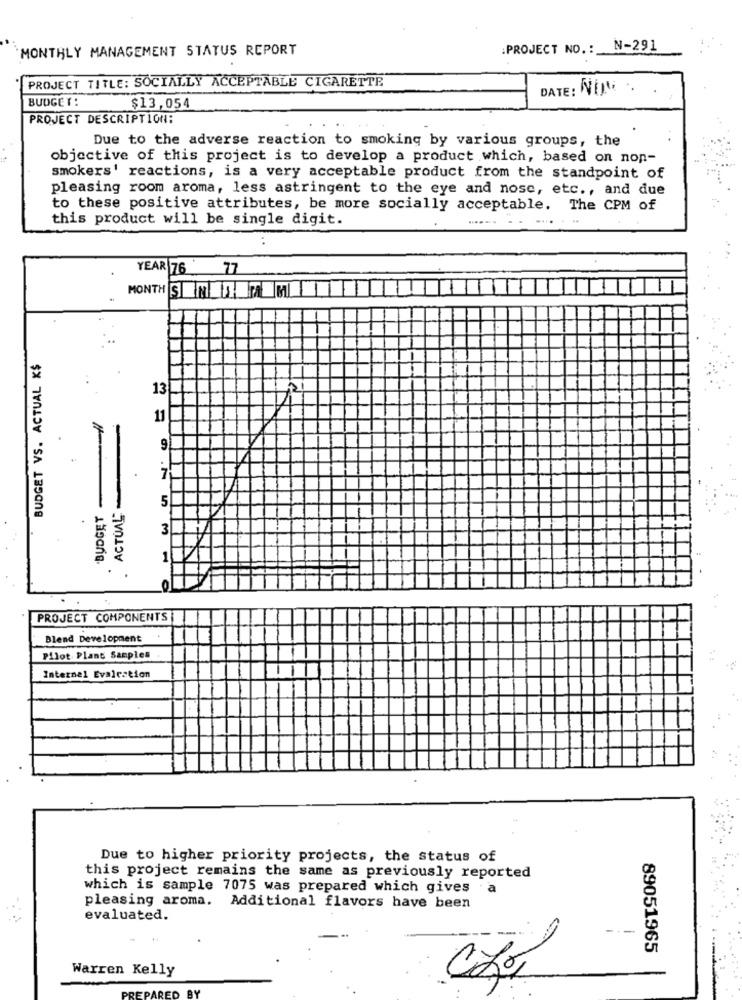
MONTHLY MANAGEMENT STATUS REPORT
:PROJECT NO .: N-291
PROJECT TITLE: SOCIALLY ACCEPTABLE CIGARETTE
DATE: NOM
BUDGET:
$13,054
PROJECT DESCRIPTION:
Due to the adverse reaction to smoking by various groups, the
objective of this project is to develop a product which, based on non-
smokers' reactions, is a very acceptable product from the standpoint of
pleasing room aroma, less astringent to the eye and nose, etc ., and due
to these positive attributes, be more socially acceptable.
The CPM of
this product will be single digit.
YEAR 76 77
MONTH SENEM
BUDGET VS. ACTUAL K$
13
11
9
7
. ACTUAL"-
5
BUDGET
3
1
.
PROJECT COMPONENTS
Blend Development
Pilot Plant Samples
Internal Evalration
Due to higher priority projects, the status of
this project remains the same as previously reported
which is sample 7075 was prepared which gives
a
pleasing aroma.
Additional flavors have been
evaluated.
89051965
Warren Kelly
Cfo,
RED